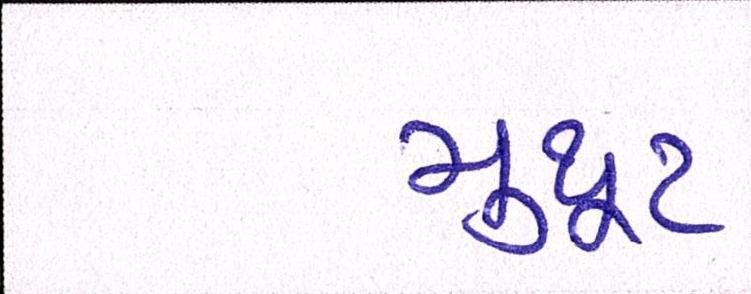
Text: મુથૂટ